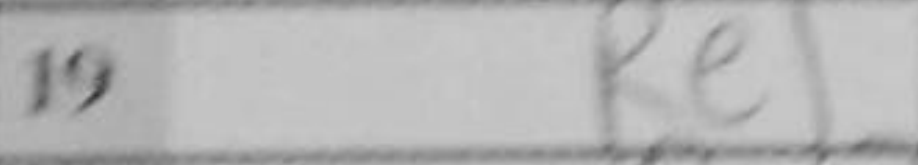
Transcription: Re1